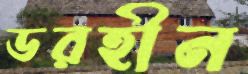
ডরহীন